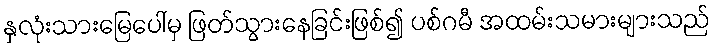
နှလုံးသားမြေပေါ်မှ ဖြတ်သွားနေခြင်းဖြစ်၍ ပစ်ဂမီ အထမ်းသမားများသည်